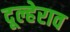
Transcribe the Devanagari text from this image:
दूल्हेराव